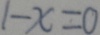
1 - x = 0